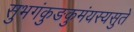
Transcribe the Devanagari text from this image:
सुभगंकुङकुमंयस्यसुते